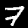
Digit: 7